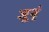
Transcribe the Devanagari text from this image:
जूनृं